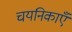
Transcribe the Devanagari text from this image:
चयनिकाएँ